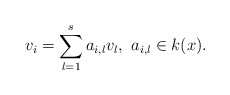
\begin{align*} v_i=\sum_{l=1}^s a_{i,l} v_l, \,\,a_{i,l}\in k(x).\end{align*}